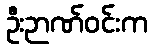
ဦးဉာဏ်ဝင်းက